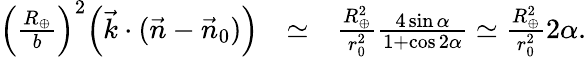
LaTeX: \begin{array}{rlr}{\Big(\frac{R_{\oplus}}{b}\Big)^{2}\Big({\vec{k}}\cdot({\vec{n}}-{\vec{n}}_{0})\Big)}&{\simeq}&{\frac{R_{\oplus}^{2}}{r_{0}^{2}}\frac{4\sin\alpha}{1+\cos 2\alpha}\simeq\frac{R_{\oplus}^{2}}{r_{0}^{2}}2\alpha.}\end{array}